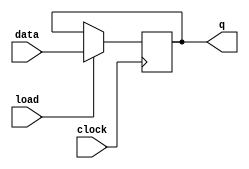
module d_flip_flop (
    input data,
    input clock,
    input load,
    output reg q
);

always @(posedge clock) begin
    if (load) begin
        q <= data;
    end
end

endmodule